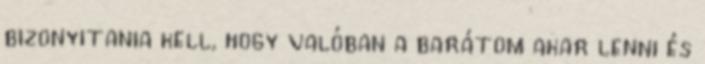
bizonyitania kell, hogy valóban a barátom akar lenni és